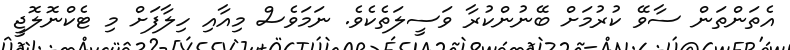
އެތަންތަން ސާވޭ ކުރުމަށް ބޭނުންކުރާ ވަސީލަތެކެވެ. ނަމަވެސް މިއާއި ހިލާފަށް މި ޓެކްނޮލޮޖީ